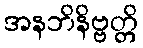
အနဘိနိဗ္ဗတ္တိ